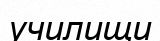
училищи